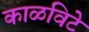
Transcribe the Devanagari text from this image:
काळविटे